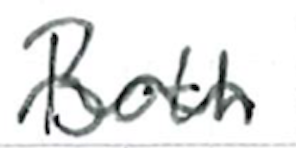
Text: Both
Cross-out: wave
Writing tool: ballpoint